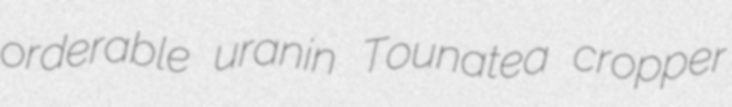
orderable uranin Tounatea cropper